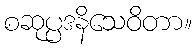
စဆုပ္ပဒနိသေဝိတာ။